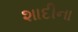
શાદીના